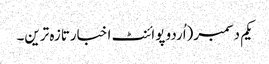
یکم دسمبر(اُردو پوائنٹ اخبارتازہ ترین۔